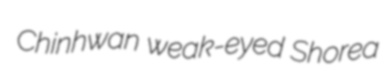
Chinhwan weak-eyed Shorea